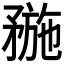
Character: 𥍸